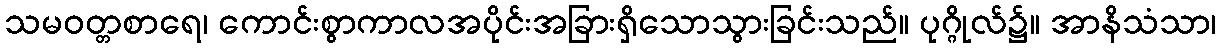
သမဝတ္တစာရေ၊ ကောင်းစွာကာလအပိုင်းအခြားရှိသောသွားခြင်းသည်။ ပုဂ္ဂိုလ်၌။ အာနိသံသာ၊